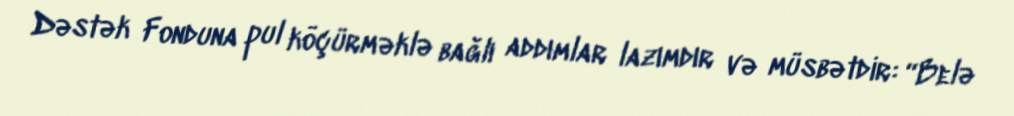
Dəstək Fonduna pul köçürməklə bağlı addımlar lazımdır və müsbətdir: “Belə